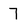
Character: 7